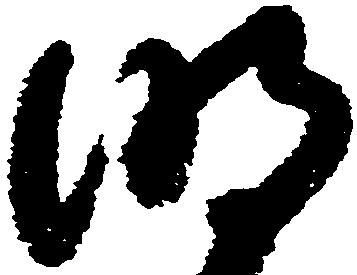
明